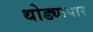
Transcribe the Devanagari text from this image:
थोड्यापार